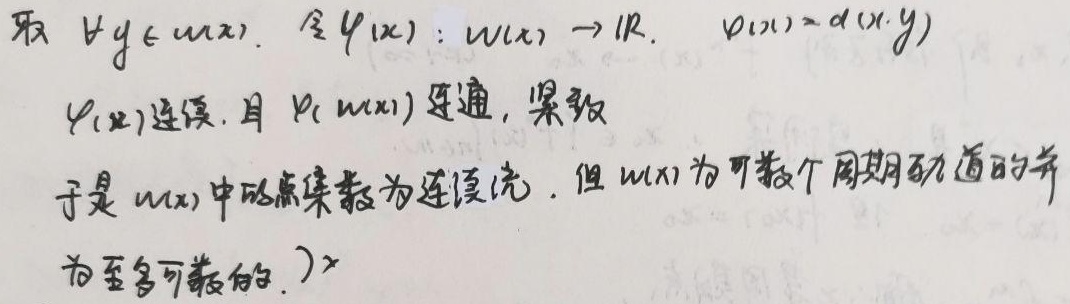
取 \(\forall y\in\omega(x)\)，令 \(\varphi(x):\omega(x)\to\mathbb{R}\)，\(\varphi(x)=d(x,y)\)。\(\varphi(x)\) 连续，且 \(\varphi(\omega(x))\) 连通、紧致。于是 \(\omega(x)\) 中的点集数为连续统，但 \(\omega(x)\) 为可数个周期轨道的并，为至多可数的。